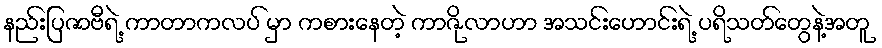
နည်းပြဇာဗီရဲ့ ကာတာကလပ် မှာ ကစားနေတဲ့ ကာဇိုလာဟာ အသင်းဟောင်းရဲ့ ပရိသတ်တွေနဲ့အတူ